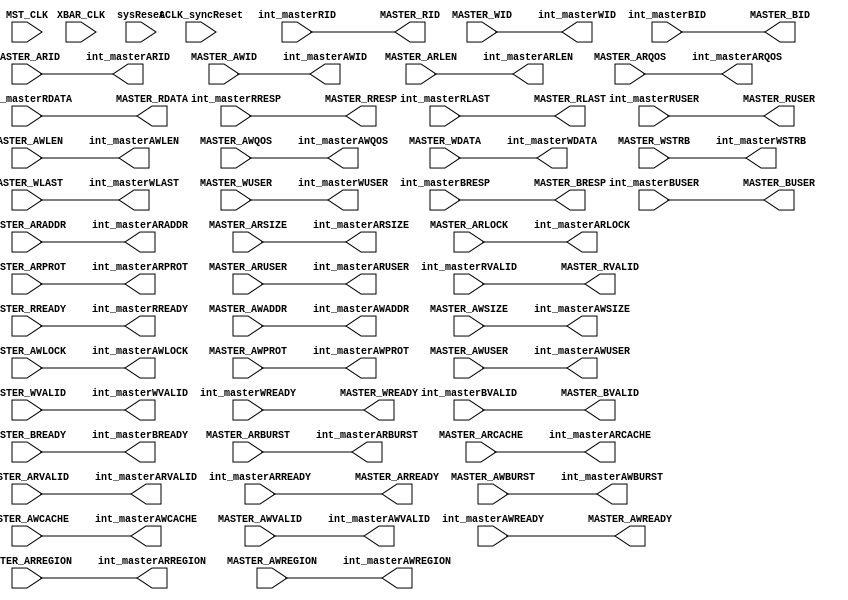
`timescale 1ns / 1ns
///////////////////////////////////////////////////////////////////////////////////////////////////
// Company: MICROSEMI
//
// IP Core: COREAXI4INTERCONNECT
//
//  Description  : The AMBA AXI4 Interconnect core connects one or more AXI memory-mapped master devices to one or
//                 more memory-mapped slave devices. The AMBA AXI protocol supports high-performance, high-frequency
//                 system designs.
//
//     Abstract  : This file provides master clock domain crossing
//
//  COPYRIGHT 2017 BY MICROSEMI 
//  THE INFORMATION CONTAINED IN THIS DOCUMENT IS SUBJECT TO LICENSING RESTRICTIONS 
//  FROM MICROSEMI CORP.  IF YOU ARE NOT IN POSSESSION OF WRITTEN AUTHORIZATION FROM 
//  MICROSEMI FOR USE OF THIS FILE, THEN THE FILE SHOULD BE IMMEDIATELY DESTROYED AND 
//  NO BACK-UP OF THE FILE SHOULD BE MADE. 
//
//
/////////////////////////////////////////////////////////////////////////////////////////////////// 
module caxi4interconnect_MstrClockDomainCrossing #

	(
		parameter integer ADDR_WIDTH      		= 20,
		parameter integer ID_WIDTH 			    = 16, 
		parameter integer MASTER_DATA_WIDTH		= 32,
		parameter integer USER_WIDTH 			= 1,
		parameter CLOCK_DOMAIN_CROSSING         = 1'b0,
		parameter MASTER_TYPE                   = 0,
		parameter READ_INTERLEAVE               = 0
	)
	(

	//=====================================  Global Signals   ========================================================================
	input  wire           			MST_CLK,
	input  wire                     XBAR_CLK,
	input  wire          			sysReset,
	input  wire          			ACLK_syncReset,
 
	//=====================================  Connections to/from Crossbar   ==========================================================
 
	output wire [ID_WIDTH-1:0] 		int_masterARID,
	output wire [ADDR_WIDTH-1:0]	int_masterARADDR,
	output wire [7:0]        		int_masterARLEN,
	output wire [2:0]          		int_masterARSIZE,
	output wire [1:0]          		int_masterARBURST,
	output wire [1:0]          		int_masterARLOCK,
	output wire [3:0]           	int_masterARCACHE,
	output wire [2:0]         		int_masterARPROT,
	output wire [3:0]          		int_masterARREGION,
	output wire [3:0]          		int_masterARQOS,
	output wire [USER_WIDTH-1:0]	int_masterARUSER,
	output wire            			int_masterARVALID,
	input wire             			int_masterARREADY,

	// Master Read Data Ports	
	input wire [ID_WIDTH-1:0]   	int_masterRID,
	input wire [MASTER_DATA_WIDTH-1:0]		int_masterRDATA,
	input wire [1:0]           		int_masterRRESP,
	input wire                		int_masterRLAST,
	input wire [USER_WIDTH-1:0] 	int_masterRUSER,
	input wire                 		int_masterRVALID,
	output wire               		int_masterRREADY,

	// Master Write Address Ports	
	output wire [ID_WIDTH-1:0]  	int_masterAWID,
	output wire [ADDR_WIDTH-1:0] 	int_masterAWADDR,
	output wire [7:0]           	int_masterAWLEN,
	output wire [2:0]           	int_masterAWSIZE,
	output wire [1:0]           	int_masterAWBURST,
	output wire [1:0]           	int_masterAWLOCK,
	output wire [3:0]          		int_masterAWCACHE,
	output wire [2:0]           	int_masterAWPROT,
	output wire [3:0]            	int_masterAWREGION,
	output wire [3:0]           	int_masterAWQOS,
	output wire [USER_WIDTH-1:0]   	int_masterAWUSER,
	output wire                 	int_masterAWVALID,
	input wire                		int_masterAWREADY,
	
	// Master Write Data Ports	

	output wire [ID_WIDTH-1:0]      int_masterWID,
	output wire [MASTER_DATA_WIDTH-1:0]  		int_masterWDATA,
	output wire [(MASTER_DATA_WIDTH/8)-1:0]	int_masterWSTRB,
	output wire                  		int_masterWLAST,
	output wire [USER_WIDTH-1:0] 		int_masterWUSER,
	output wire                  		int_masterWVALID,
	input wire                   		int_masterWREADY,
			
	// Master Write Response Ports	
	input  wire [ID_WIDTH-1:0]		int_masterBID,
	input  wire [1:0]           	int_masterBRESP,
	input  wire [USER_WIDTH-1:0] 	int_masterBUSER,
	input  wire      				int_masterBVALID,
	output wire						int_masterBREADY,

	//================================================= External Side Ports  ================================================//

	// Master Read Address Ports	
	input  wire [ID_WIDTH-1:0]  	MASTER_ARID,
	input  wire [ADDR_WIDTH-1:0]	MASTER_ARADDR,
	input  wire [7:0]           	MASTER_ARLEN,
	input  wire [2:0]        		MASTER_ARSIZE,
	input  wire [1:0]           	MASTER_ARBURST,
	input  wire [1:0]         		MASTER_ARLOCK,
	input  wire [3:0]          		MASTER_ARCACHE,
	input  wire [2:0]         		MASTER_ARPROT,
	input  wire [3:0]          		MASTER_ARREGION,
	input  wire [3:0]          		MASTER_ARQOS,
	input  wire [USER_WIDTH-1:0]	MASTER_ARUSER,
	input  wire                		MASTER_ARVALID,
	output wire                		MASTER_ARREADY,
	
	// Master Read Data Ports	
	output wire [ID_WIDTH-1:0]  	MASTER_RID,
	output wire [MASTER_DATA_WIDTH-1:0]  	MASTER_RDATA,
	output wire [1:0]           	MASTER_RRESP,
	output wire                  	MASTER_RLAST,
	output wire [USER_WIDTH-1:0] 	MASTER_RUSER,
	output wire               		MASTER_RVALID,
	input wire                 		MASTER_RREADY,
	
	// Master Write Address Ports	
	input  wire [ID_WIDTH-1:0]   	MASTER_AWID,
	input  wire [ADDR_WIDTH-1:0] 	MASTER_AWADDR,
	input  wire [7:0]           	MASTER_AWLEN,
	input  wire [2:0]           	MASTER_AWSIZE,
	input  wire [1:0]           	MASTER_AWBURST,
	input  wire [1:0]            	MASTER_AWLOCK,
	input  wire [3:0]          		MASTER_AWCACHE,
	input  wire [2:0]           	MASTER_AWPROT,
	input  wire [3:0]           	MASTER_AWREGION,
	input  wire [3:0]           	MASTER_AWQOS,
	input  wire [USER_WIDTH-1:0] 	MASTER_AWUSER,
	input  wire                  	MASTER_AWVALID,
	output wire                		MASTER_AWREADY,
	
	// Master Write Data Ports	
	input wire [ID_WIDTH-1:0]       MASTER_WID,
	input wire [MASTER_DATA_WIDTH-1:0]   	MASTER_WDATA,
	input wire [(MASTER_DATA_WIDTH/8)-1:0]	MASTER_WSTRB,
	input wire                   	MASTER_WLAST,
	input wire [USER_WIDTH-1:0] 	MASTER_WUSER,
	input wire                  	MASTER_WVALID,
	output wire                  	MASTER_WREADY,
	
	// Master Write Response Ports	
	output wire [ID_WIDTH-1:0]		MASTER_BID,
	output wire [1:0]           	MASTER_BRESP,
	output wire [USER_WIDTH-1:0]  	MASTER_BUSER,
	output wire      				MASTER_BVALID,
	input wire						MASTER_BREADY
	) ;

    localparam integer ADDR_CHAN_WIDTH = ID_WIDTH + ADDR_WIDTH + 8 + 3 + 2 + 2 + 4 + 3 + 4 + 4 + USER_WIDTH;
	//For AXI3 Master stored WID in the fifo. 
	localparam integer WCHAN_WIDTH = (MASTER_TYPE == 2'b11) ? MASTER_DATA_WIDTH + MASTER_DATA_WIDTH/8 + 1 + USER_WIDTH + ID_WIDTH: 
	                                                          MASTER_DATA_WIDTH + MASTER_DATA_WIDTH/8 + 1 + USER_WIDTH;
	localparam integer BCHAN_WIDTH = ID_WIDTH + 2 + USER_WIDTH;
	localparam integer RCHAN_WIDTH = ID_WIDTH + MASTER_DATA_WIDTH + 2 + 1 + USER_WIDTH;

	localparam integer MEM_DEPTH = 8; //SAR 91000

         generate
         if (CLOCK_DOMAIN_CROSSING) begin
             caxi4interconnect_CDC_FIFO #
	       (
                 .MEM_DEPTH (MEM_DEPTH),
                 .DATA_WIDTH  ( ADDR_CHAN_WIDTH ),
				 .MASTER_BCHAN (0)
               )
	       cdc_AWChan
               (
    	         .rst (sysReset),
    	         .rdclk_rst (ACLK_syncReset),
                 .clk_wr (MST_CLK),
                 .clk_rd (XBAR_CLK),

                 .infoInValid (MASTER_AWVALID),
                 .readyForOut (int_masterAWREADY),

                 .infoIn ({MASTER_AWID, MASTER_AWADDR, MASTER_AWLEN, MASTER_AWSIZE, MASTER_AWBURST, MASTER_AWLOCK, MASTER_AWCACHE,  MASTER_AWPROT, MASTER_ARQOS, MASTER_AWREGION, MASTER_AWUSER}),

                 .infoOut ({int_masterAWID, int_masterAWADDR, int_masterAWLEN, int_masterAWSIZE, int_masterAWBURST, int_masterAWLOCK, int_masterAWCACHE,  int_masterAWPROT, int_masterAWQOS, int_masterAWREGION, int_masterAWUSER}),
                 .readyForInfo (MASTER_AWREADY),
                 .infoOutValid (int_masterAWVALID)
		);
           if(MASTER_TYPE == 2'b11)         //AXI3
		     begin 
	           caxi4interconnect_CDC_FIFO #
	           (
                 .MEM_DEPTH (MEM_DEPTH),
                 .DATA_WIDTH  ( WCHAN_WIDTH ),
				 .MASTER_BCHAN (0)
               )
	           cdc_WChan
               (
    	         .rst (sysReset),
    	         .rdclk_rst (ACLK_syncReset),
                 .clk_wr (MST_CLK),
                 .clk_rd (XBAR_CLK),

                 .infoInValid (MASTER_WVALID),
                 .readyForOut (int_masterWREADY),

                 .infoIn ({MASTER_WID,MASTER_WDATA, MASTER_WSTRB, MASTER_WLAST, MASTER_WUSER}),

                 .infoOut ({int_masterWID,int_masterWDATA, int_masterWSTRB, int_masterWLAST, int_masterWUSER}),
                 .readyForInfo (MASTER_WREADY),
                 .infoOutValid (int_masterWVALID)
		       );
			 end 
		   else 
		     begin 
			 
			   assign int_masterWID   = 0;
			   
	           caxi4interconnect_CDC_FIFO #
	           (
                 .MEM_DEPTH (MEM_DEPTH),
                 .DATA_WIDTH  ( WCHAN_WIDTH ),
				 .MASTER_BCHAN (0)
               )
	           cdc_WChan
               (
    	         .rst (sysReset),
    	         .rdclk_rst (ACLK_syncReset),
                 .clk_wr (MST_CLK),
                 .clk_rd (XBAR_CLK),

                 .infoInValid (MASTER_WVALID),
                 .readyForOut (int_masterWREADY),

                 .infoIn ({MASTER_WDATA, MASTER_WSTRB, MASTER_WLAST, MASTER_WUSER}),

                 .infoOut ({int_masterWDATA, int_masterWSTRB, int_masterWLAST, int_masterWUSER}),
                 .readyForInfo (MASTER_WREADY),
                 .infoOutValid (int_masterWVALID)
		       );
			 end 

            caxi4interconnect_CDC_FIFO #
	       (
                 .MEM_DEPTH (MEM_DEPTH),
                 .DATA_WIDTH  ( ADDR_CHAN_WIDTH ),
				 .MASTER_BCHAN (0)
               )
	       cdc_ARChan
               (
    	         .rst (sysReset),
    	         .rdclk_rst (ACLK_syncReset),
                 .clk_wr (MST_CLK),
                 .clk_rd (XBAR_CLK),

                 .infoInValid (MASTER_ARVALID),
                 .readyForOut (int_masterARREADY),

                 .infoIn ({MASTER_ARID, MASTER_ARADDR, MASTER_ARLEN, MASTER_ARSIZE, MASTER_ARBURST, MASTER_ARLOCK, MASTER_ARCACHE,  MASTER_ARPROT, MASTER_ARQOS, MASTER_ARREGION, MASTER_ARUSER}),

                 .infoOut ({int_masterARID, int_masterARADDR, int_masterARLEN, int_masterARSIZE, int_masterARBURST, int_masterARLOCK, int_masterARCACHE,  int_masterARPROT, int_masterARQOS, int_masterARREGION, int_masterARUSER}),
                 .readyForInfo (MASTER_ARREADY),
                 .infoOutValid (int_masterARVALID)
		);

	       caxi4interconnect_CDC_FIFO #
	       (
                 .MEM_DEPTH (MEM_DEPTH),
                 .DATA_WIDTH  ( RCHAN_WIDTH ),
				 .MASTER_BCHAN (0)
               )
	       cdc_RChan
               (
    	         .rst (ACLK_syncReset),
    	         .rdclk_rst (sysReset),
                 .clk_rd (MST_CLK),
                 .clk_wr (XBAR_CLK),

                 .infoInValid (int_masterRVALID),
                 .readyForOut (MASTER_RREADY),

                 .infoOut ({MASTER_RID, MASTER_RDATA, MASTER_RRESP, MASTER_RLAST, MASTER_RUSER}),

                 .infoIn ({int_masterRID, int_masterRDATA, int_masterRRESP, int_masterRLAST, int_masterRUSER}),
                 .readyForInfo (int_masterRREADY),
                 .infoOutValid (MASTER_RVALID)
		);

	       caxi4interconnect_CDC_FIFO #
	       (
                 .MEM_DEPTH (MEM_DEPTH),
                 .DATA_WIDTH  ( BCHAN_WIDTH ),
				 .MASTER_BCHAN (1)
               )
	       cdc_BChan
               (
    	         .rst (ACLK_syncReset),
    	         .rdclk_rst (sysReset),
                 .clk_rd (MST_CLK),
                 .clk_wr (XBAR_CLK),

                 .infoInValid (int_masterBVALID),
                 .readyForOut (MASTER_BREADY),

                 .infoOut ({MASTER_BID, MASTER_BRESP, MASTER_BUSER}),

                 .infoIn ({int_masterBID, int_masterBRESP, int_masterBUSER}),
                 .readyForInfo (int_masterBREADY),
                 .infoOutValid (MASTER_BVALID)
		);
	end
	else begin
		//====================================== ASSIGNEMENTS =================================================
		//from Master to crossbar & Slave
		  assign int_masterAWID =	MASTER_AWID;
		  assign int_masterAWADDR = MASTER_AWADDR;
		  assign int_masterAWLEN = MASTER_AWLEN;
		  assign int_masterAWSIZE = MASTER_AWSIZE;
		  assign int_masterAWBURST = MASTER_AWBURST;	
		  assign int_masterAWLOCK = MASTER_AWLOCK;
		  assign int_masterAWCACHE = MASTER_AWCACHE;	
		  assign int_masterAWPROT = MASTER_AWPROT;
		  assign int_masterAWREGION = MASTER_AWREGION;
		  assign int_masterAWQOS = MASTER_AWQOS;
		  assign int_masterAWUSER = MASTER_AWUSER;
		  assign int_masterAWVALID = MASTER_AWVALID;	
		  assign int_masterWID   = MASTER_WID;
		  assign int_masterWDATA = MASTER_WDATA;
		  assign int_masterWSTRB = MASTER_WSTRB;
		  assign int_masterWLAST = MASTER_WLAST;
		  assign int_masterWUSER = MASTER_WUSER;
		  assign int_masterWVALID = MASTER_WVALID;
		  assign int_masterBREADY = MASTER_BREADY;
		  assign int_masterARID = MASTER_ARID;
		  assign int_masterARADDR = MASTER_ARADDR;
		  assign int_masterARLEN = MASTER_ARLEN;
		  assign int_masterARSIZE = MASTER_ARSIZE;
		  assign int_masterARBURST = MASTER_ARBURST;	
		  assign int_masterARLOCK = MASTER_ARLOCK;
		  assign int_masterARCACHE = MASTER_ARCACHE;	
		  assign int_masterARPROT = MASTER_ARPROT;
		  assign int_masterARREGION = MASTER_ARREGION;
		  assign int_masterARQOS = MASTER_ARQOS;
		  assign int_masterARUSER = MASTER_ARUSER;
		  assign int_masterARVALID = MASTER_ARVALID;	
		  assign int_masterRREADY = MASTER_RREADY;
		  //			
		  //from crossbar to MASTER
		  assign MASTER_AWREADY = int_masterAWREADY;	
		  assign MASTER_WREADY = int_masterWREADY;
		  assign MASTER_BID = int_masterBID;
		  assign MASTER_BRESP =	int_masterBRESP;
		  assign MASTER_BUSER =	int_masterBUSER;
		  assign MASTER_BVALID = int_masterBVALID;	
		  assign MASTER_ARREADY = int_masterARREADY;	
		  			
		  assign MASTER_RID = int_masterRID;
		  assign MASTER_RDATA =	int_masterRDATA;
		  assign MASTER_RRESP =	int_masterRRESP;
		  assign MASTER_RLAST =	int_masterRLAST;
		  assign MASTER_RUSER =	int_masterRUSER;
		  assign MASTER_RVALID = int_masterRVALID;
	  end
	endgenerate
endmodule